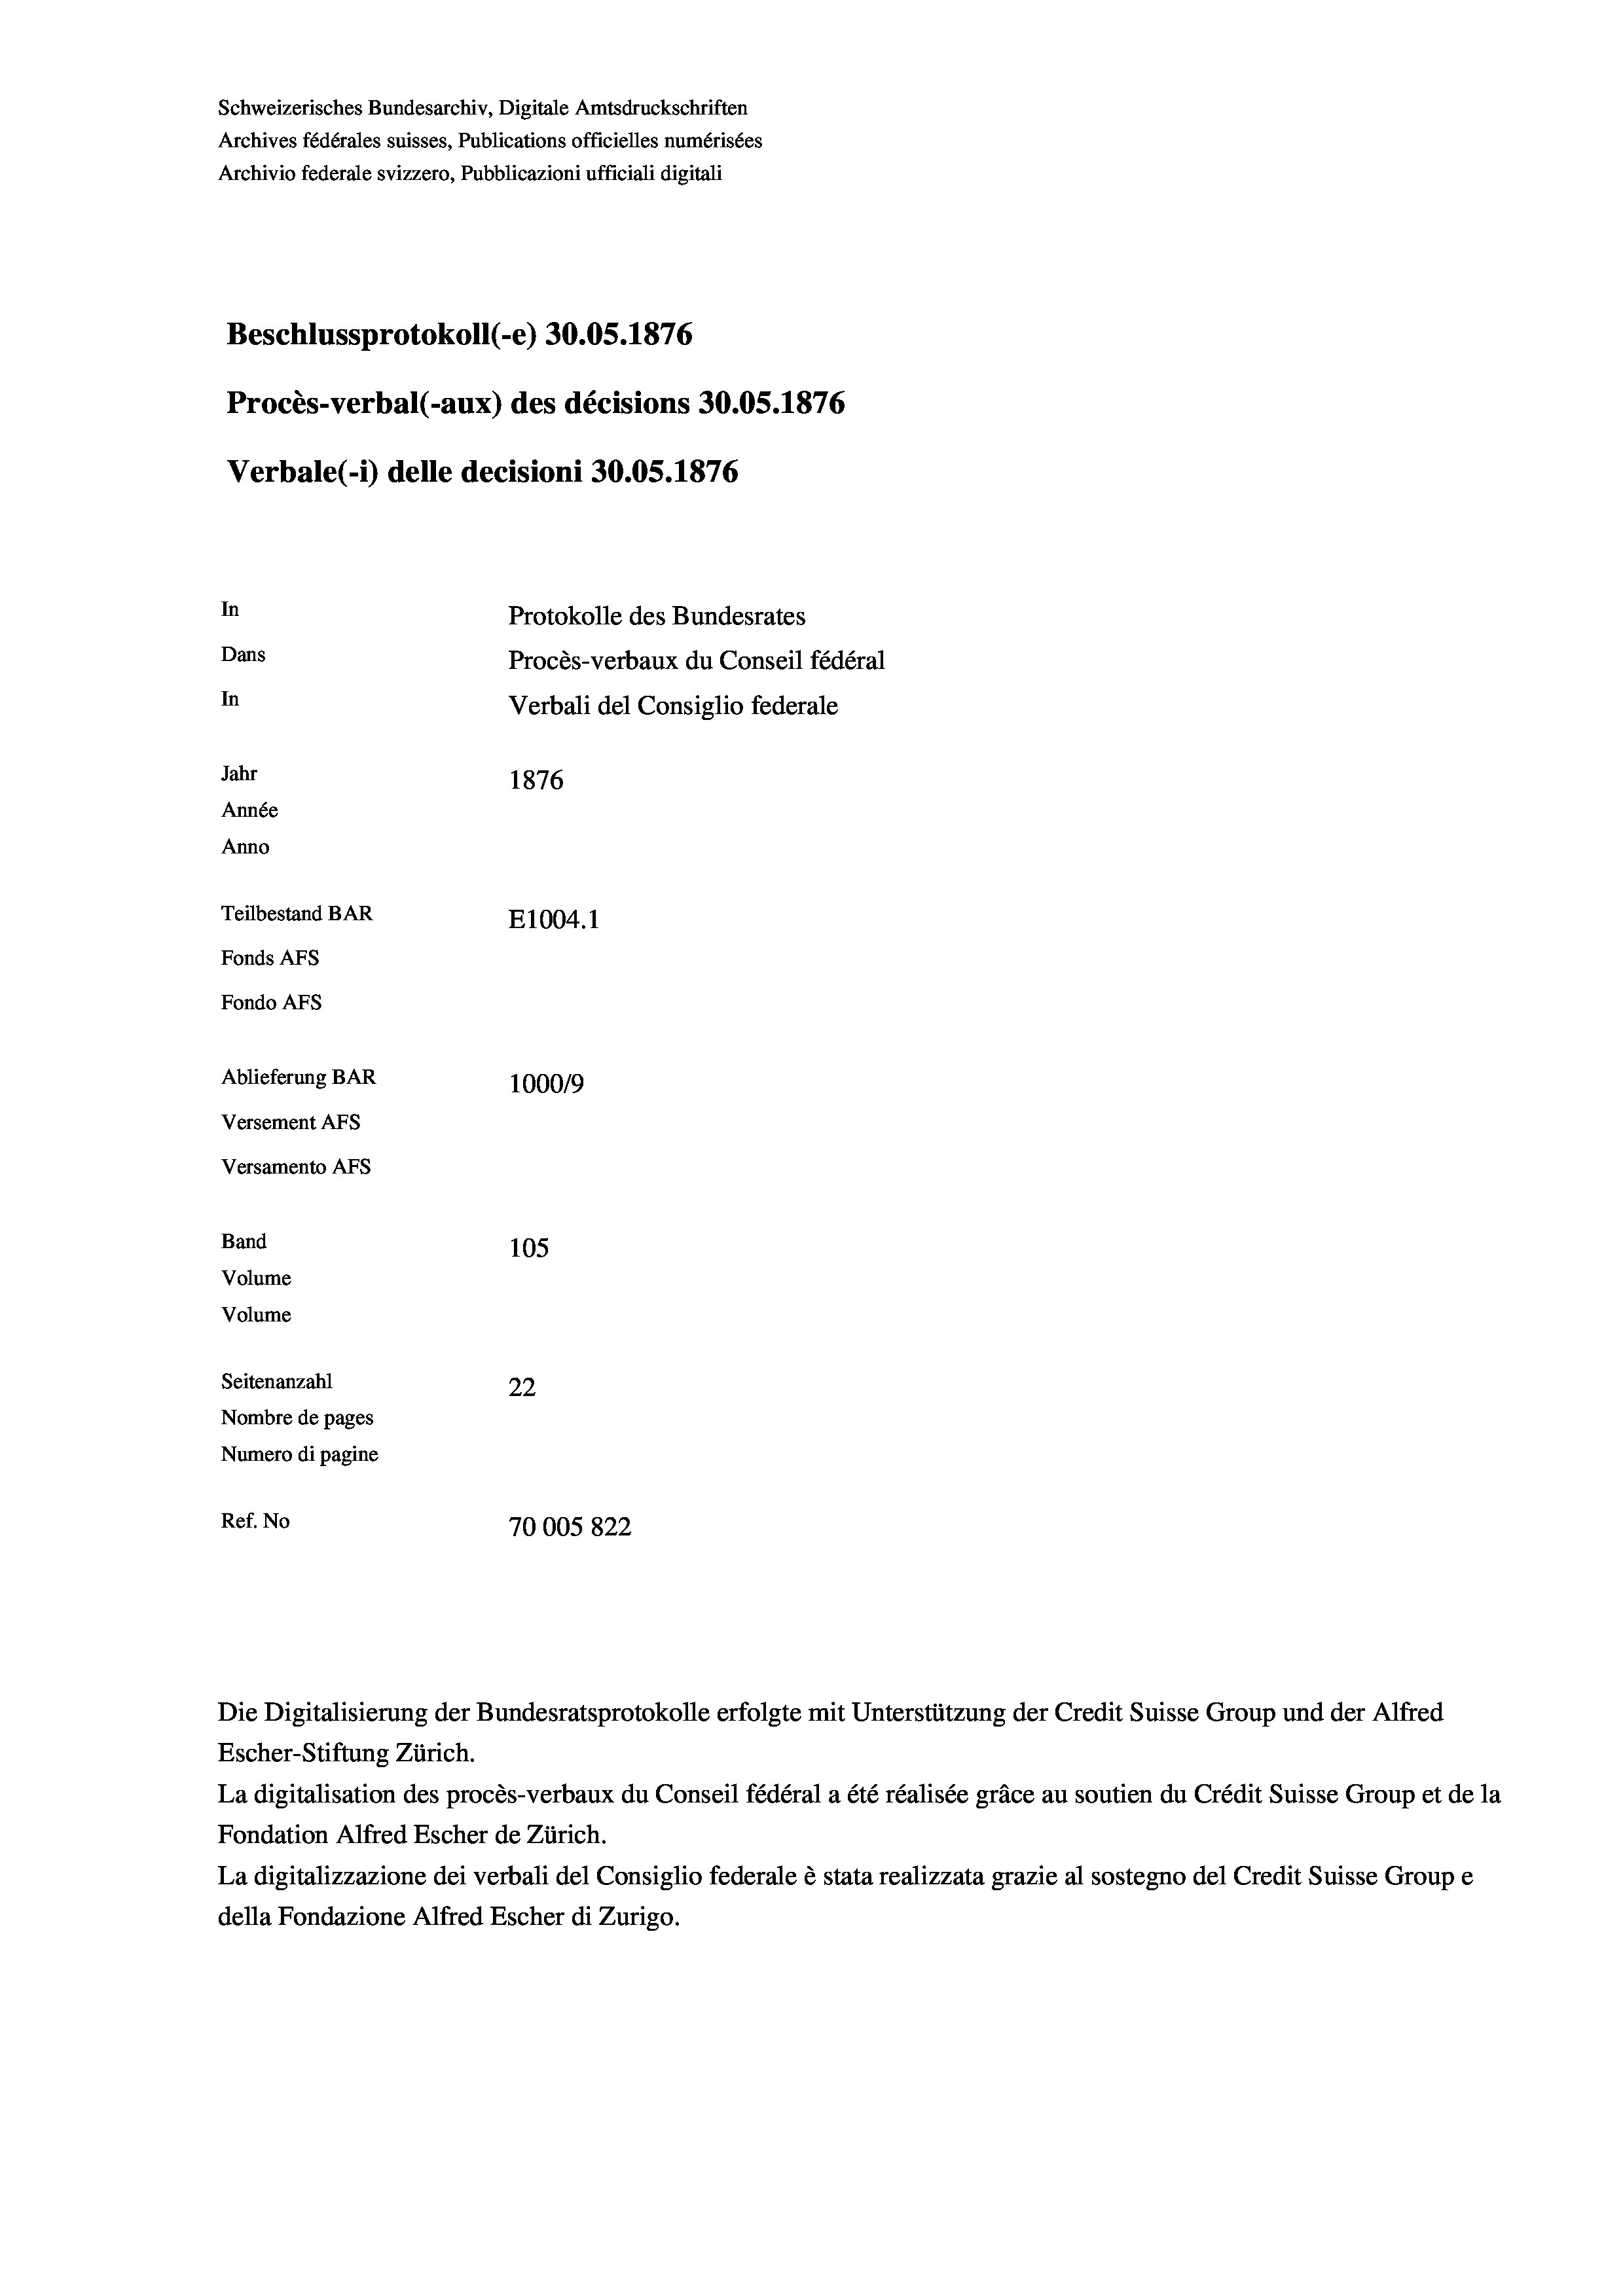
Schweizerisches Bundesarchiv, Digitale Amtsdruckschriften
Archives fédérales suisses, Publications officielles numérisées
Archivio federale svizzero, Pubblicazioni ufficiali digitali
Beschlussprotokoll (-e) 30.05. 1876
Procès-verbal (-aux) des décisions 30.05. 1876
Verbale (1) delle decisioni 30.05. 1876
In
Protokolle des Bundesrates
Dans
Procès-verbaux du Conseil fédéral
In
Verbali del Consiglio federale
Jahr
1876
Année
Anno
Teilbestand BAR
E1004. 1
Fonds AFs
Fondo AFs
Ablieferung BAR
1000/9
Versement Abs
Versamento AFs
Band
105
Volume
Volume
Seitenanzahl
22
Nombre de pages
Numero di pagine
Ref. No
70005 822

Escher-Stiftung Zürich.
La digitalisation des procès-verbaux du Conseil fédéral a été réalisée gräce au soutien du Crédit Suisse Group et de la
Fondation Alfred Escher de Zürich.
La digitalizzazione dei verbali del Consiglio federale è stata realizzata grazie al sostegno del Credit Suisse Groupe
della Fondazione Alfred Escher di Zurigo.

Die Digitalisierung der Bundesratsprotokolle erfolgte mit Unterstützung der Credit Suisse Group und der Alfred